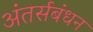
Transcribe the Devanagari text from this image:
अंतर्सबंधन